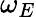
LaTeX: \omega_{E}